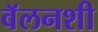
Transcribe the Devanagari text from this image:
वॅलनशी